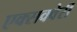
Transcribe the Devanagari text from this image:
एक्सक्वेरी